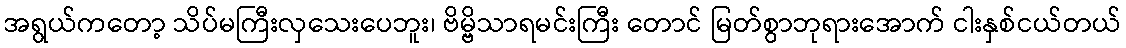
အရွယ်ကတော့ သိပ်မကြီးလှသေးပေဘူး၊ ဗိမ္ဗိသာရမင်းကြီး တောင် မြတ်စွာဘုရားအောက် ငါးနှစ်ငယ်တယ်